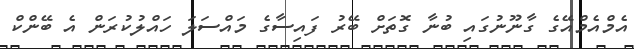
އެމްއެމްއޭގެ ގާނޫނުގައި ބުނާ ގޮތަށް ބޭރު ފައިސާގެ މައްސަލަ ހައްލުކުރަން އެ ބޭންކް